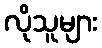
လိုသူများ